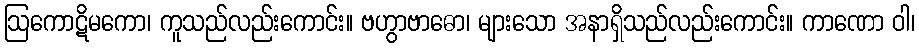
ဩကောဋိမကော၊ ကူသည်လည်းကောင်း။ ဗဟွာဗာဓော၊ များသော အနာရှိသည်လည်းကောင်း။ ကာဏော ဝါ၊